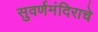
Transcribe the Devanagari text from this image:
सुवर्णमंदिराचे